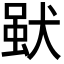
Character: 𤟩